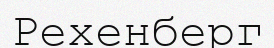
Рехенберг